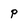
Character: p